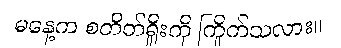
မနေ့က စတိတ်ရှိုးကို ကြိုက်သလား။